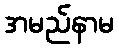
အမည်နာမ